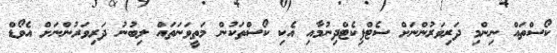
ކޯސްތައް ނިންމި ދަރިވަރުންނަށް ސެޓްފިކެޓްދިނުމާއި އެކި ކޯސްތަކުން މަތީވަނަތައް ލިބުނު ދަރިވަރުންނަށް އެވޯޑް